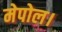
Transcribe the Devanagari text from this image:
मेपोल।